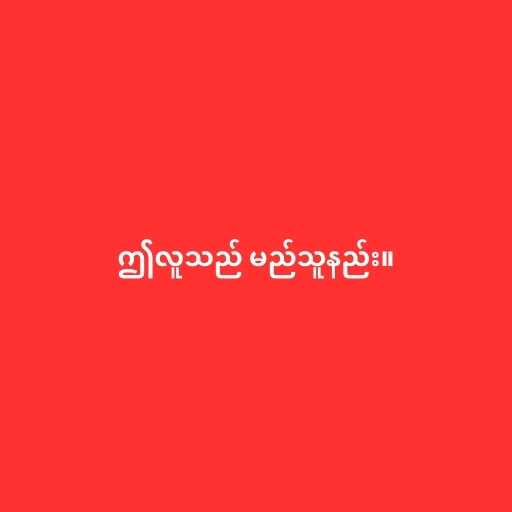
ဤလူသည် မည်သူနည်း။